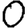
Digit: 0